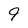
Character: 9